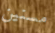
مسنين